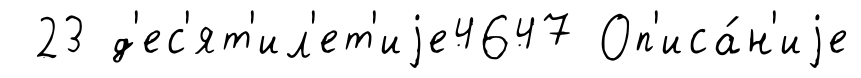
23 д'ес'ят'ил'ет'иjе4647 Оп'иса́н'иjе